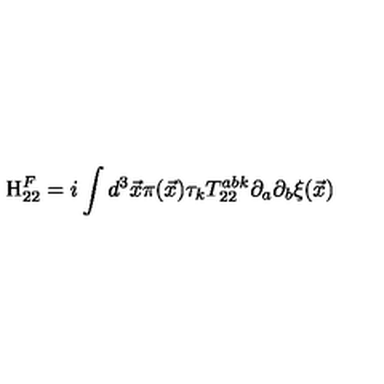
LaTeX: \mathrm { H } _ { 2 2 } ^ { F } = i \int d ^ { 3 } { \vec { x } } \pi ( { \vec { x } } ) \tau _ { k } T _ { 2 2 } ^ { a b k } \partial _ { a } \partial _ { b } { \xi } ( \vec { x } )